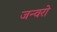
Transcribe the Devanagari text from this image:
जन्वरो